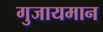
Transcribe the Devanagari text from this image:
गुजायमान